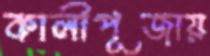
কালীপূজায়